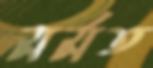
মর্মত